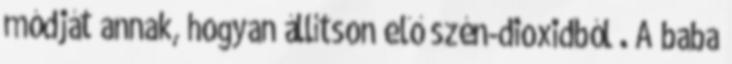
módját annak, hogyan állítson elő szén-dioxidból . A baba